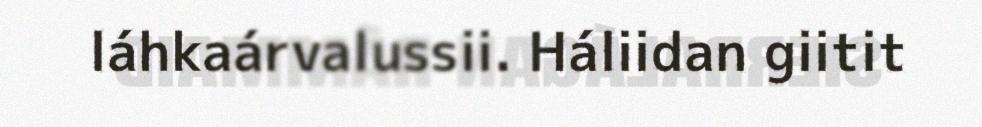
láhkaárvalussii. Háliidan giitit